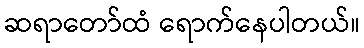
ဆရာတော်ထံ ရောက်နေပါတယ်။